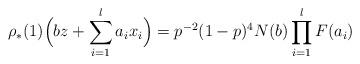
LaTeX: \begin{align*} \rho _{*} (1)\Big(bz + \sum _{i=1}^{l}a_{i}x_{i}\Big) =p^{-2} (1-p)^{4}N (b)\prod _{i=1}^{l}F (a_{i})\end{align*}